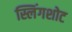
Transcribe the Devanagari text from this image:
स्लिंगशोट